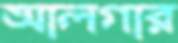
আলগার